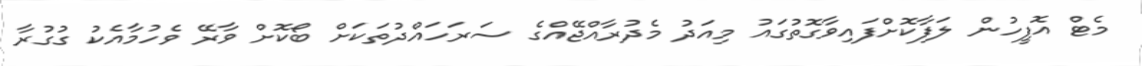
މެޓް އޮފީހުން ލަފާކޮށްފައިވާގޮތުގައު މިއަދު މެދުރާއްޖޭއްގެ ސަރަހައްދުތަކަށް ބޯކޮށް ވާރޭ ވެހުމާއެކު ގުގުރާ